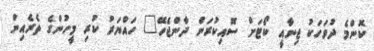
ކޮންމެ ދުވަހަކު ޖިނާއީ ކޯޓަށް ސޮއިކުރަން ދާންޖެހޭ" ހައްޔަރު ކުރި މީހުންގެ ތެރެއިން